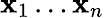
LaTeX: \mathbf{x}_{1}\ldots\mathbf{x}_{n}